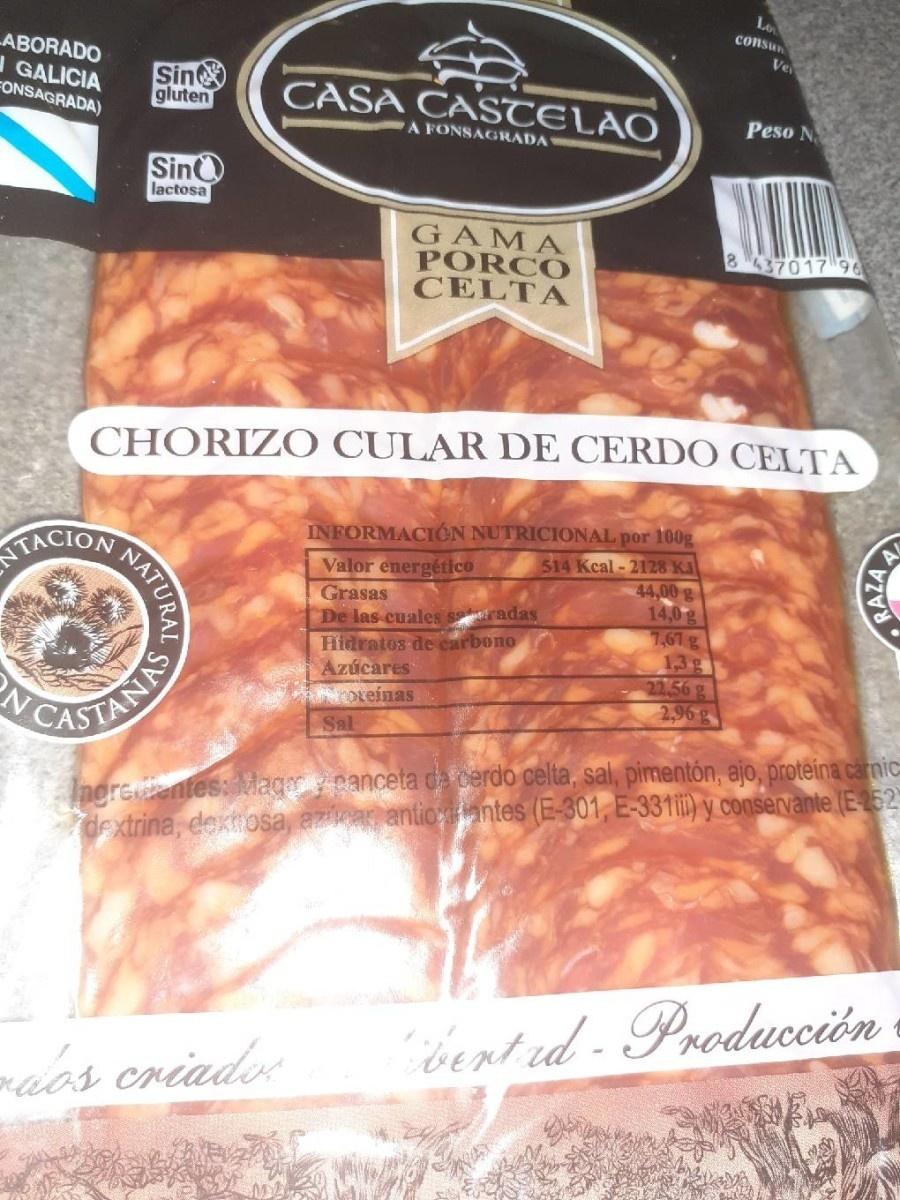
Lo consun
LABORADO IGALICIA FONSAGRADA)
Ve
Sin gluten
CASA CASTELAO
Peso N
A FONSAGRADA
Sin lactosa
GAMA PORCO CELTA
8237017 96
CHORIZO CULAR DE CERDO CELTA
INFORMACIÓN NUTRICIONAL por 100g 514 Kcal-2128 KJ 44,00g 14,0g 7,61 g 1,3g 22,56 g 2,96g
NTACION
Valor energétco Grasas De las cuales sradas Hidratos de carbono Azúcares ANDreinas Sal
CASTANIS
Ingreantes:Magcanceta d cerdo celta, sal, pimentón, ajo, proteína carnic- dextrina, dektosa, azivan antio antes (E-301, E-331i) y conservante (E-252
bented- Producción
maas criado
F NATURAL